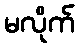
မလိုက်